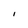
Character: I